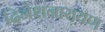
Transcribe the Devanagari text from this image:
दिनेशनारायण